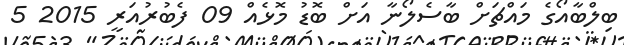
ބިލްބާއޯގެ މައްޗަށް ބާސެލޯނާ އަށް ބޮޑު މޮޅެއް 09 ފެބުރުއަރީ 2015 5